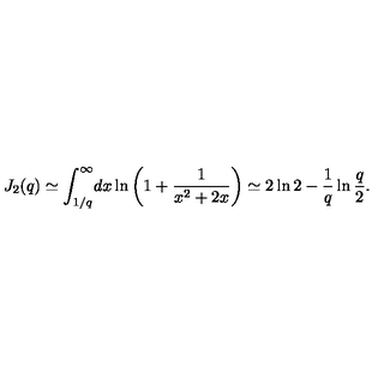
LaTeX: J _ { 2 } ( q ) \simeq \int _ { 1 / q } ^ { \infty } \! d x \ln \left( 1 + \frac { 1 } { x ^ { 2 } + 2 x } \right) \simeq 2 \ln 2 - \frac { 1 } { q } \ln \frac { q } { 2 } { . }